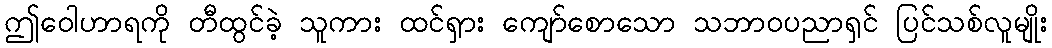
ဤဝေါဟာရကို တီထွင်ခဲ့ သူကား ထင်ရှား ကျော်စောသော သဘာဝပညာရှင် ပြင်သစ်လူမျိုး